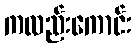
ကလည်းကောင်း